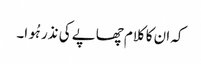
کہ ان کا کلام چھاپے کی نذر ہُوا۔